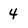
Character: 4